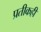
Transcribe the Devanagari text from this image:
प्रतीकही